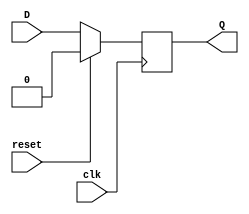
`timescale 1ns / 1ps
//////////////////////////////////////////////////////////////////////////////////
// Company: 
// Engineer: 
// 
// Design Name: 
// Module Name: DFFLOP
// Project Name: 
// Target Devices: 
// Tool Versions: 
// Description: 
// 
// Dependencies: 
// 
// Revision:
// Revision 0.01 - File Created
// Additional Comments:
// 
//////////////////////////////////////////////////////////////////////////////////

// positive edge triggered D flipflop 
// using synchronous reset 
module DFFLOP(input D,input clk,input reset,output reg Q);
always @ (posedge clk)
  begin 
  if (reset == 1'b0)
    Q <= D;
  else 
    Q <= 1'b0;
  end

endmodule